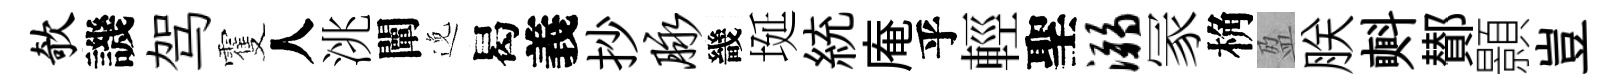
欹譏驾䨥人洮闡𨓜曷義抄脉畿埏統庵乎輕聖溺冡桷盈朕㪺鄼顥豈